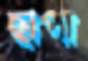
ছাপা